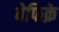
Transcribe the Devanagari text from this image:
बेफिक्रे